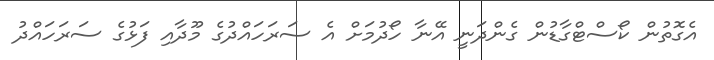
އެގޮތުން ކޯސްޓްގާޑުން ގެންދަނީ އޭނާ ހޯދުމަށް އެ ސަރަހައްދުގެ މޫދާއި ފަޅުގެ ސަރަހައްދު